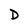
Character: D